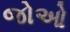
જોઓ